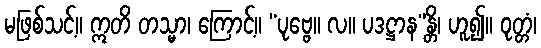
မဖြစ်သင့်။ ဣတိ တသ္မာ၊ ကြောင့်။ “ပုဗ္ဗေ။ လ။ ပဒဋ္ဌာန”န္တိ၊ ဟူ၍။ ဝုတ္တံ၊